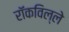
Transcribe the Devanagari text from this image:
रॉकविल्ले